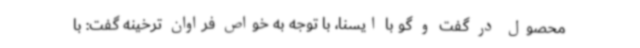
محصول در گفت و گو با ایسنا، با توجه به خواص فراوان ترخینه گفت: با